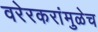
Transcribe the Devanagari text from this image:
वरेरकरांमुळेच